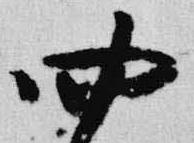
四